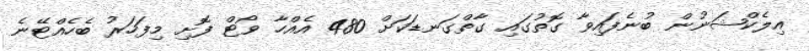
އިލެކްޝަނުން ބުނެފައިވާ ގޮތުގައި ގާތްގަނޑަކަށް 480 އެއްހާ ވޯޓް ފޮށި މިފަހަރު ބެހެއްޓޭނެ